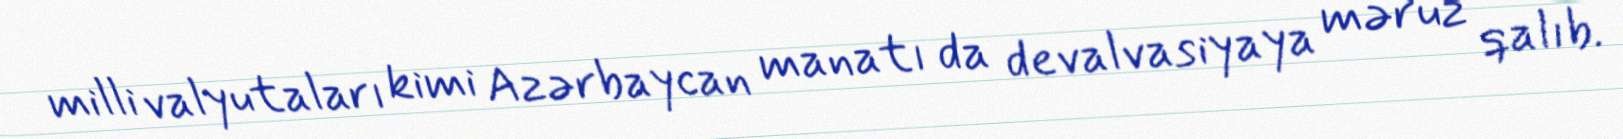
milli valyutaları kimi Azərbaycan manatı da devalvasiyaya məruz qalıb.